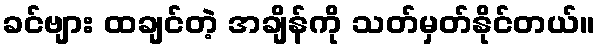
ခင်ဗျား ထချင်တဲ့ အချိန်ကို သတ်မှတ်နိုင်တယ်။